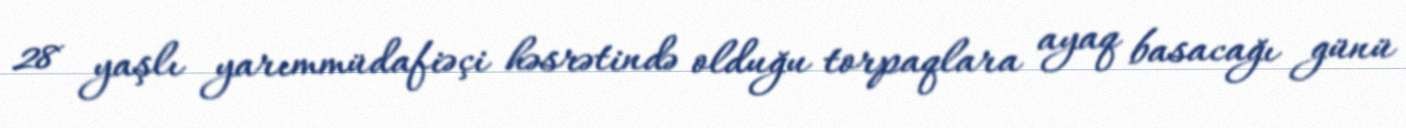
28 yaşlı yarımmüdafiəçi həsrətində olduğu torpaqlara ayaq basacağı günü